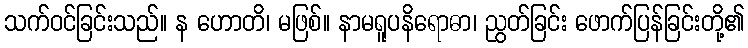
သက်ဝင်ခြင်းသည်။ န ဟောတိ၊ မဖြစ်။ နာမရူပနိရောဓာ၊ ညွတ်ခြင်း ဖောက်ပြန်ခြင်းတို့၏